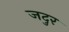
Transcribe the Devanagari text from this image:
जदुर